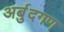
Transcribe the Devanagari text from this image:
अर्बुदगण